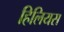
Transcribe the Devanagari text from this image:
हिलियस